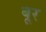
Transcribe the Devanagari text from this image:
बूर